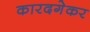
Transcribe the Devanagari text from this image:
कारदगेकर